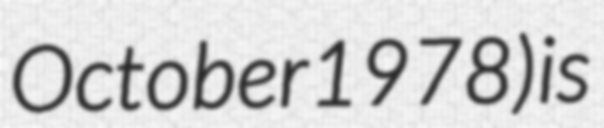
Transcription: October 1978) is